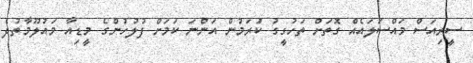
ސީރިއަސް މައްސަލައެއް ގޮތަށް ތަހުގީގު ކުަރަމުން އަންނަ ކަމަށް ފުލުހުންގެ މީޑިއާ މައުލޫމާތުދެ